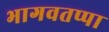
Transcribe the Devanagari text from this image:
भागवतप्पा